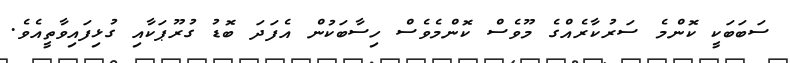
ސަބަބަކީ ކޮންމެ ސަރުކާރެއްގެ މޫވެސް ކޮންމެވެސް ހިސާބަކުން އެފަދަ ބޮޑު ގުރޫޕަކާއި ގުޅިފައިވާތީއެވެ.